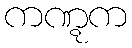
ကဏ္ဋက